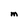
Character: M